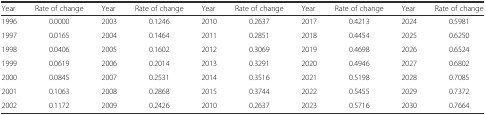
| Year | Rate of change | Year | Rate of change | Year | Rate of change | Year | Rate of change | Year | Rate of change |
 | --- | --- | --- | --- | --- | --- | --- | --- | --- | --- |
 | 1996 | 0.0000 | 2003 | 0.1246 | 2010 | 0.2637 | 2017 | 0.4213 | 2024 | 0.5981 |
 | 1997 | 0.0165 | 2004 | 0.1464 | 2011 | 0.2851 | 2018 | 0.4454 | 2025 | 0.6250 |
 | 1998 | 0.0406 | 2005 | 0.1602 | 2012 | 0.3069 | 2019 | 0.4698 | 2026 | 0.6524 |
 | 1999 | 0.0619 | 2006 | 0.2014 | 2013 | 0.3291 | 2020 | 0.4946 | 2027 | 0.6802 |
 | 2000 | 0.0845 | 2007 | 0.2531 | 2014 | 0.3516 | 2021 | 0.5198 | 2028 | 0.7085 |
 | 2001 | 0.1063 | 2008 | 0.2868 | 2015 | 0.3744 | 2022 | 0.5455 | 2029 | 0.7372 |
 | 2002 | 0.1172 | 2009 | 0.2426 | 2010 | 0.2637 | 2023 | 0.5716 | 2030 | 0.7664 |